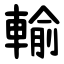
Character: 輸